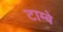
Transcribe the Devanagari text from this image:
टाम्बे